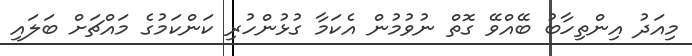
މިއަދު އިންތިހާބު ބޭއްވޭ ގޮތް ނުވުމުން އެކަމާ ގުޅުންހުރި ކަންކަމުގެ މައްޗަށް ބަލައި